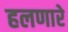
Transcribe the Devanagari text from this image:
हलणारे